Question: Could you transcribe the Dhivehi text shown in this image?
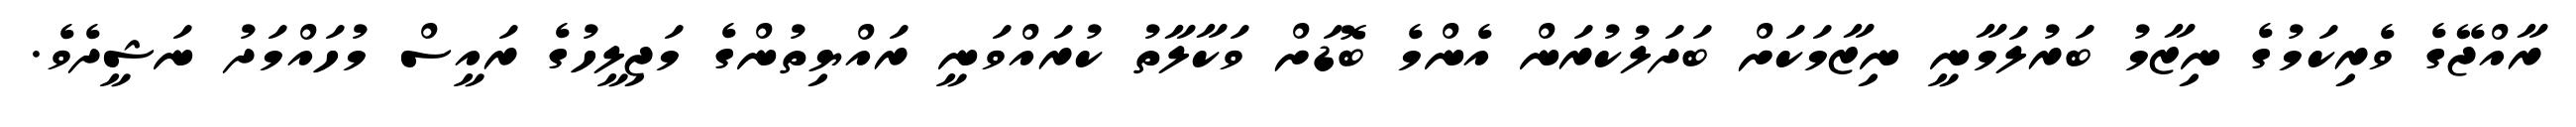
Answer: ރާއްޖޭގެ ވެރިކަމުގެ ނިޒާމު ބަރުލަމާނީ ނިޒާމަކަށް ބަދަލުކުރަން އެންމެ ބޮޑަށް ވަކާލާތު ކުރައްވަނީ ރައްޔިތުންގެ މަޖިލީހުގެ ރައީސް މުހައްމަދު ނަޝީދެވެ.